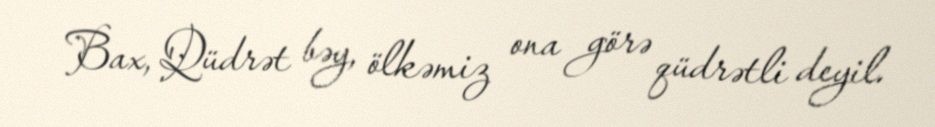
Bax, Qüdrət bəy, ölkəmiz ona görə qüdrətli deyil.